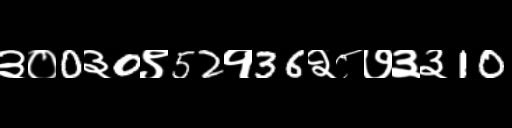
Text: ३०0३0९52१36२८७३३10